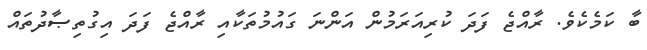
ބާ ކަމެކެވެ. ރާއްޖެ ފަދަ ކުރިއަރަމުން އަންނަ ގައުމުތަކާއި ރާއްޖެ ފަދަ އިގުތިޞާދުތައް